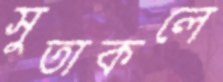
সুতাকলে